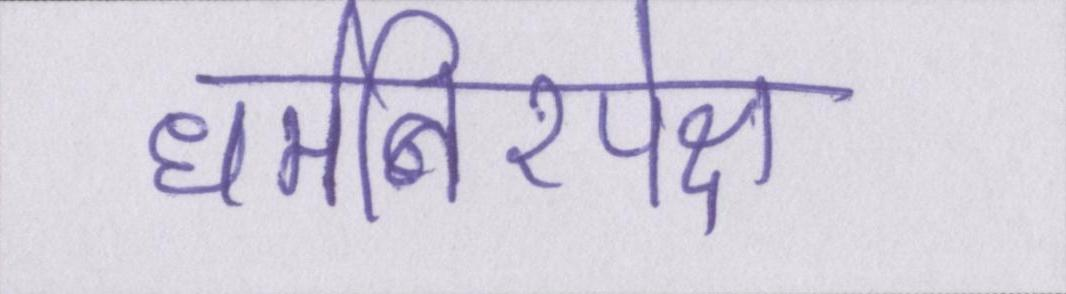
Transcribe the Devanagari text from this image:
धर्मनिरपेक्ष